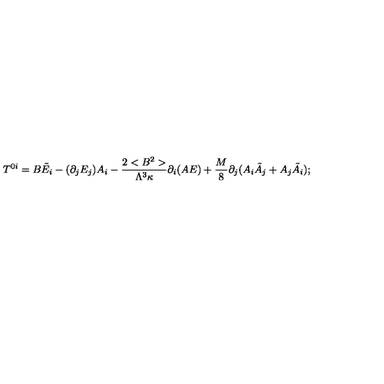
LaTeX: T ^ { 0 i } = B \tilde { E } _ { i } - ( \partial _ { j } E _ { j } ) A _ { i } - \frac { 2 < B ^ { 2 } > } { \Lambda ^ { 3 } \kappa } \partial _ { i } ( A E ) + \frac { M } { 8 } \partial _ { j } ( A _ { i } \tilde { A } _ { j } + A _ { j } \tilde { A } _ { i } ) ;